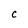
Character: C